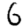
Digit: 6